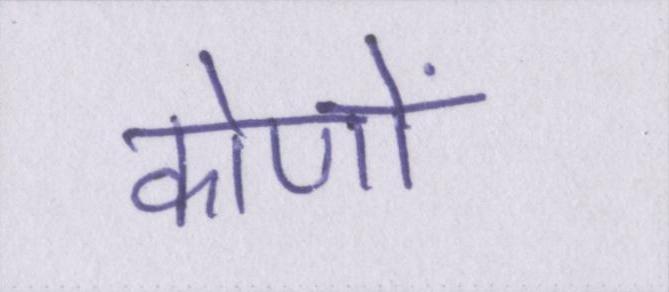
कोणों